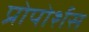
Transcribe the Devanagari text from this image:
प्रोपोर्शस